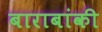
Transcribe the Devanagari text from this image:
बाराबांकी